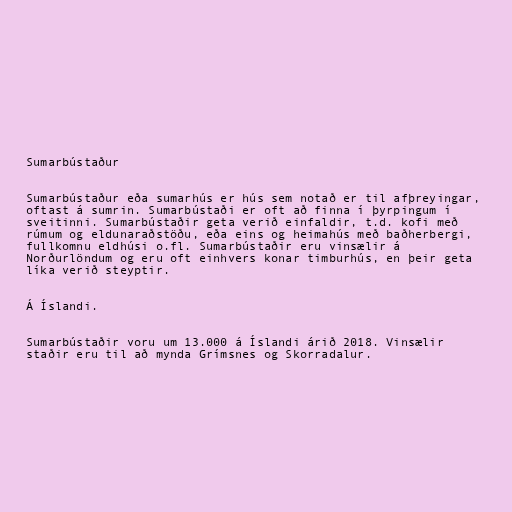
Sumarbústaður

Sumarbústaður eða sumarhús er hús sem notað er til afþreyingar,
oftast á sumrin. Sumarbústaði er oft að finna í þyrpingum í
sveitinni. Sumarbústaðir geta verið einfaldir, t.d. kofi með
rúmum og eldunaraðstöðu, eða eins og heimahús með baðherbergi,
fullkomnu eldhúsi o.fl. Sumarbústaðir eru vinsælir á
Norðurlöndum og eru oft einhvers konar timburhús, en þeir geta
líka verið steyptir.

Á Íslandi.

Sumarbústaðir voru um 13.000 á Íslandi árið 2018. Vinsælir
staðir eru til að mynda Grímsnes og Skorradalur.